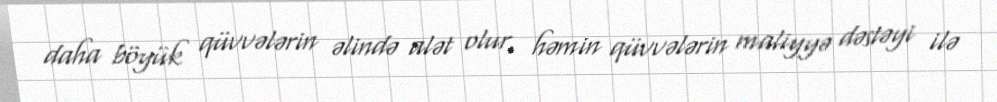
daha böyük qüvvələrin əlində alət olur, həmin qüvvələrin maliyyə dəstəyi ilə